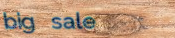
big sale